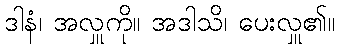
ဒါနံ၊ အလှူကို။ အဒါသိ၊ ပေးလှူ၏။